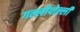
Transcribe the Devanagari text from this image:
गल्लीपोल्ली